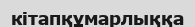
кітапқұмарлыққа